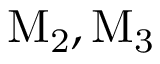
\mathrm { M _ { 2 } , M _ { 3 } }